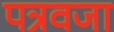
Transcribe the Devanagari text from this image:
पत्रवजा